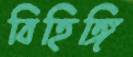
বিহিঙ্গি